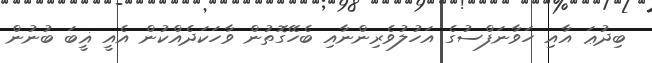
ބިދުޢަ އާއި ހަވާނަފްސުގެ އަހުލުވެރިންނާއި ބެހޭގޮތުން ވާހަކަދެއްކުން އެއީ ޣީބަ ބުނުން